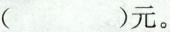
（）元。